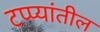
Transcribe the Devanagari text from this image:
टप्प्यांतील